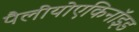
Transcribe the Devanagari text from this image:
पैलीयोएकिनॉइड